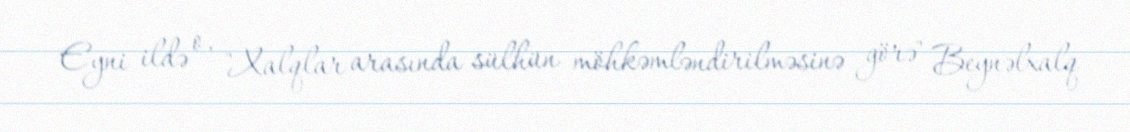
Eyni ildə o, "Xalqlar arasında sülhün möhkəmləndirilməsinə görə" Beynəlxalq